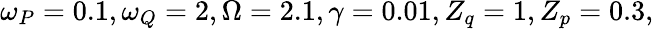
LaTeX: \omega_{P}=0.1,\omega_{Q}=2,\Omega=2.1,\gamma=0.01,Z_{q}=1,Z_{p}=0.3,